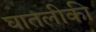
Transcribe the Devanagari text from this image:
घातलीकी